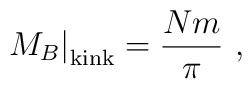
\left. M_{B}\right|_{\rm kink} = \frac{Nm}{\pi}  \ ,